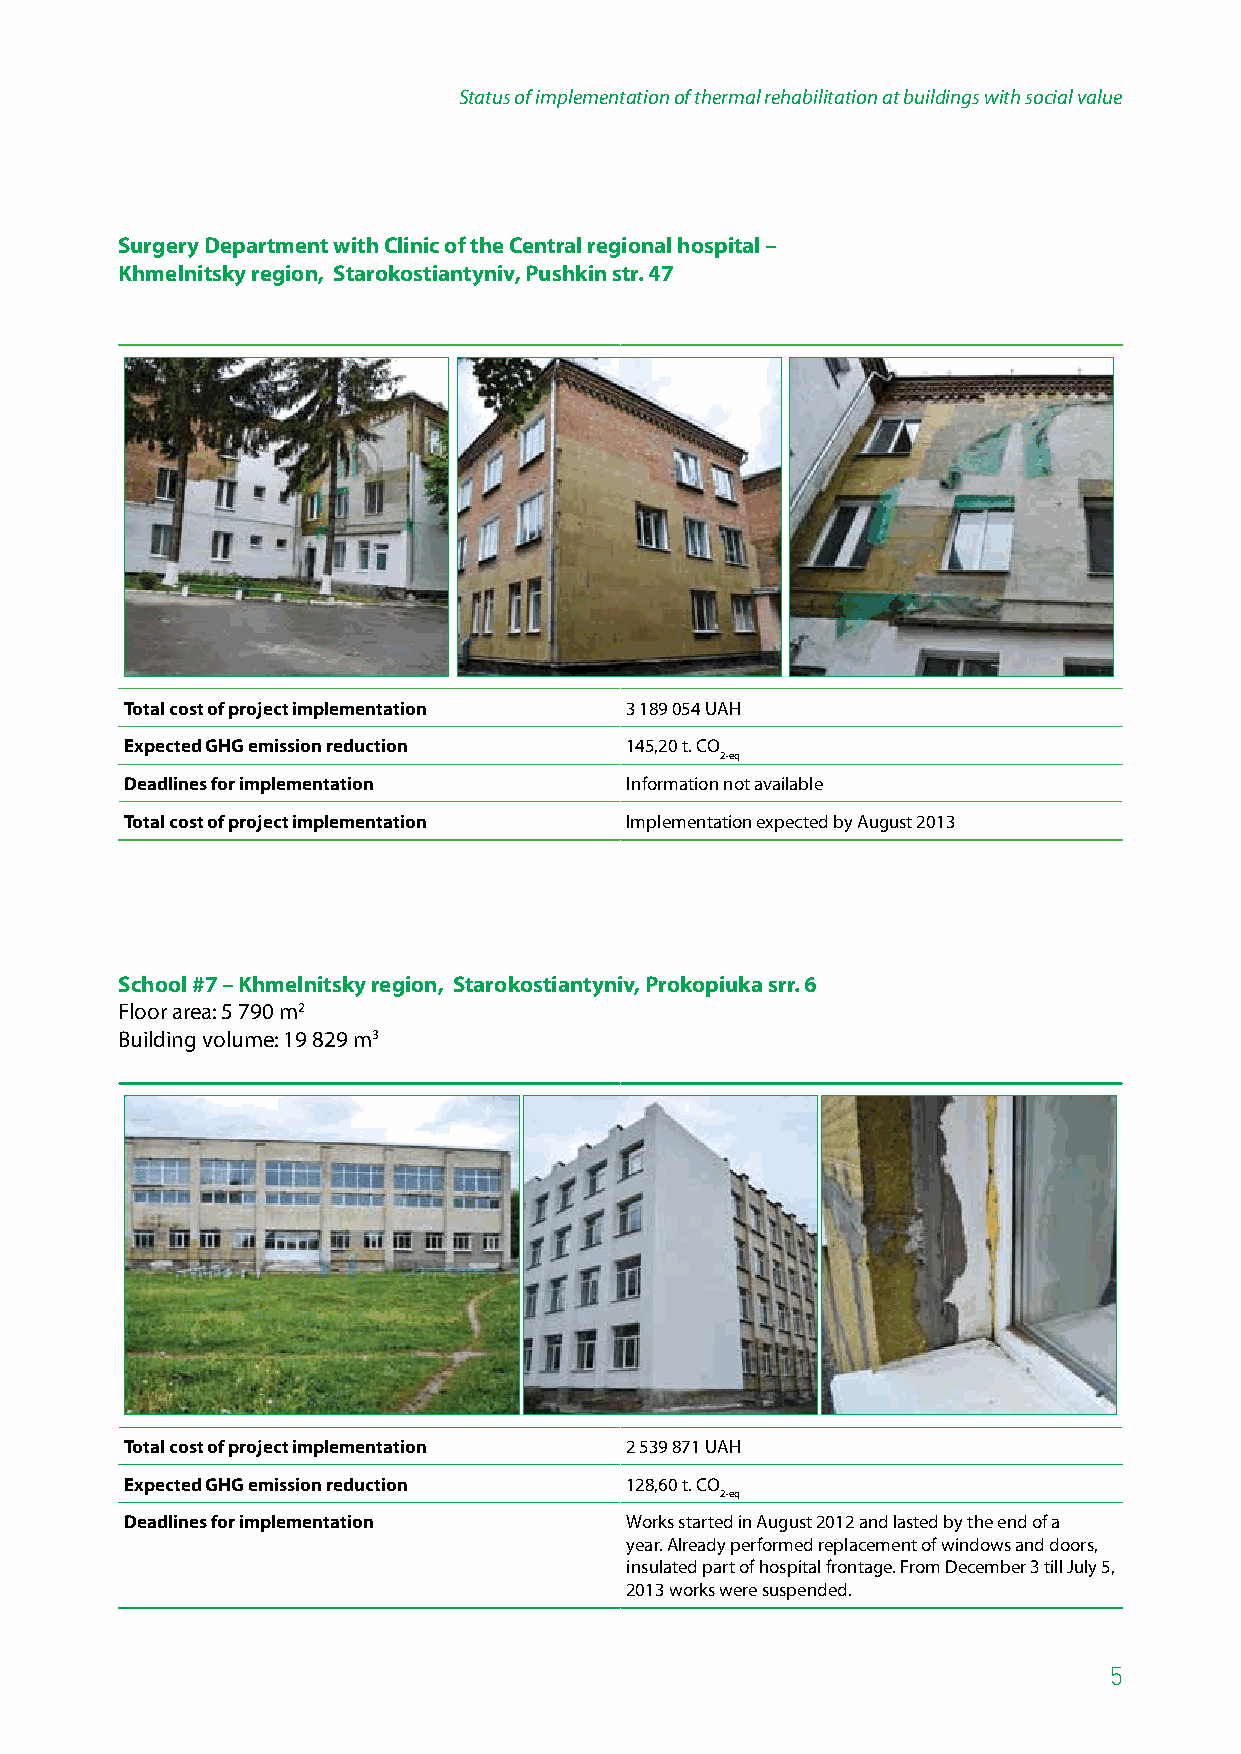
Status of implementation of thermal rehabilitation at buildings with social value
 Surgery Department with Clinic of the Central regional hospital –
 Khmelnitsky region, Starokostiantyniv, Pushkin str. 47
 Total cost of project implementation 3 189 054 UAH
 Expected GHG emission reduction  145,20 t. СО
 2-eq
 Deadlines for implementation     Information not available
 Total cost of project implementation Implementation expected by August 2013
 School #7 – Khmelnitsky region, Starokostiantyniv, Prokopiuka srr. 6
 Floor area: 5 790 m2
 Building volume: 19 829 m3
 Total cost of project implementation 2 539 871 UAH
 Expected GHG emission reduction  128,60 t. СО
 2-eq
 Deadlines for implementation     Works started in August 2012 and lasted by the end of a
 year. Already performed replacement of windows and doors,
 insulated part of hospital frontage. From December З till July 5,
 2013 works were suspended.
 5